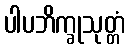
ပါပဘိက္ခုသုတ္တံ